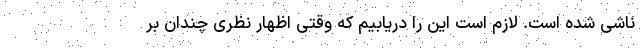
ناشی شده است. لازم است این را دریابیم که وقتی اظهار نظری چندان بر